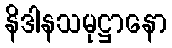
နိဒါနသမုဋ္ဌာနော